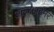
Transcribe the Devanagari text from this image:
अल्जहाईमर